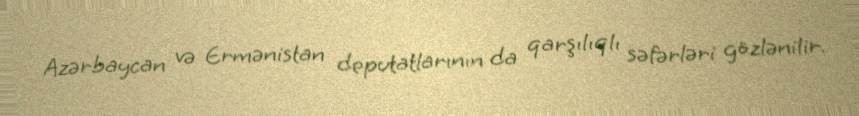
Azərbaycan və Ermənistan deputatlarının da qarşılıqlı səfərləri gözlənilir.